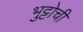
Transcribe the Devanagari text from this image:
भुट्टोची